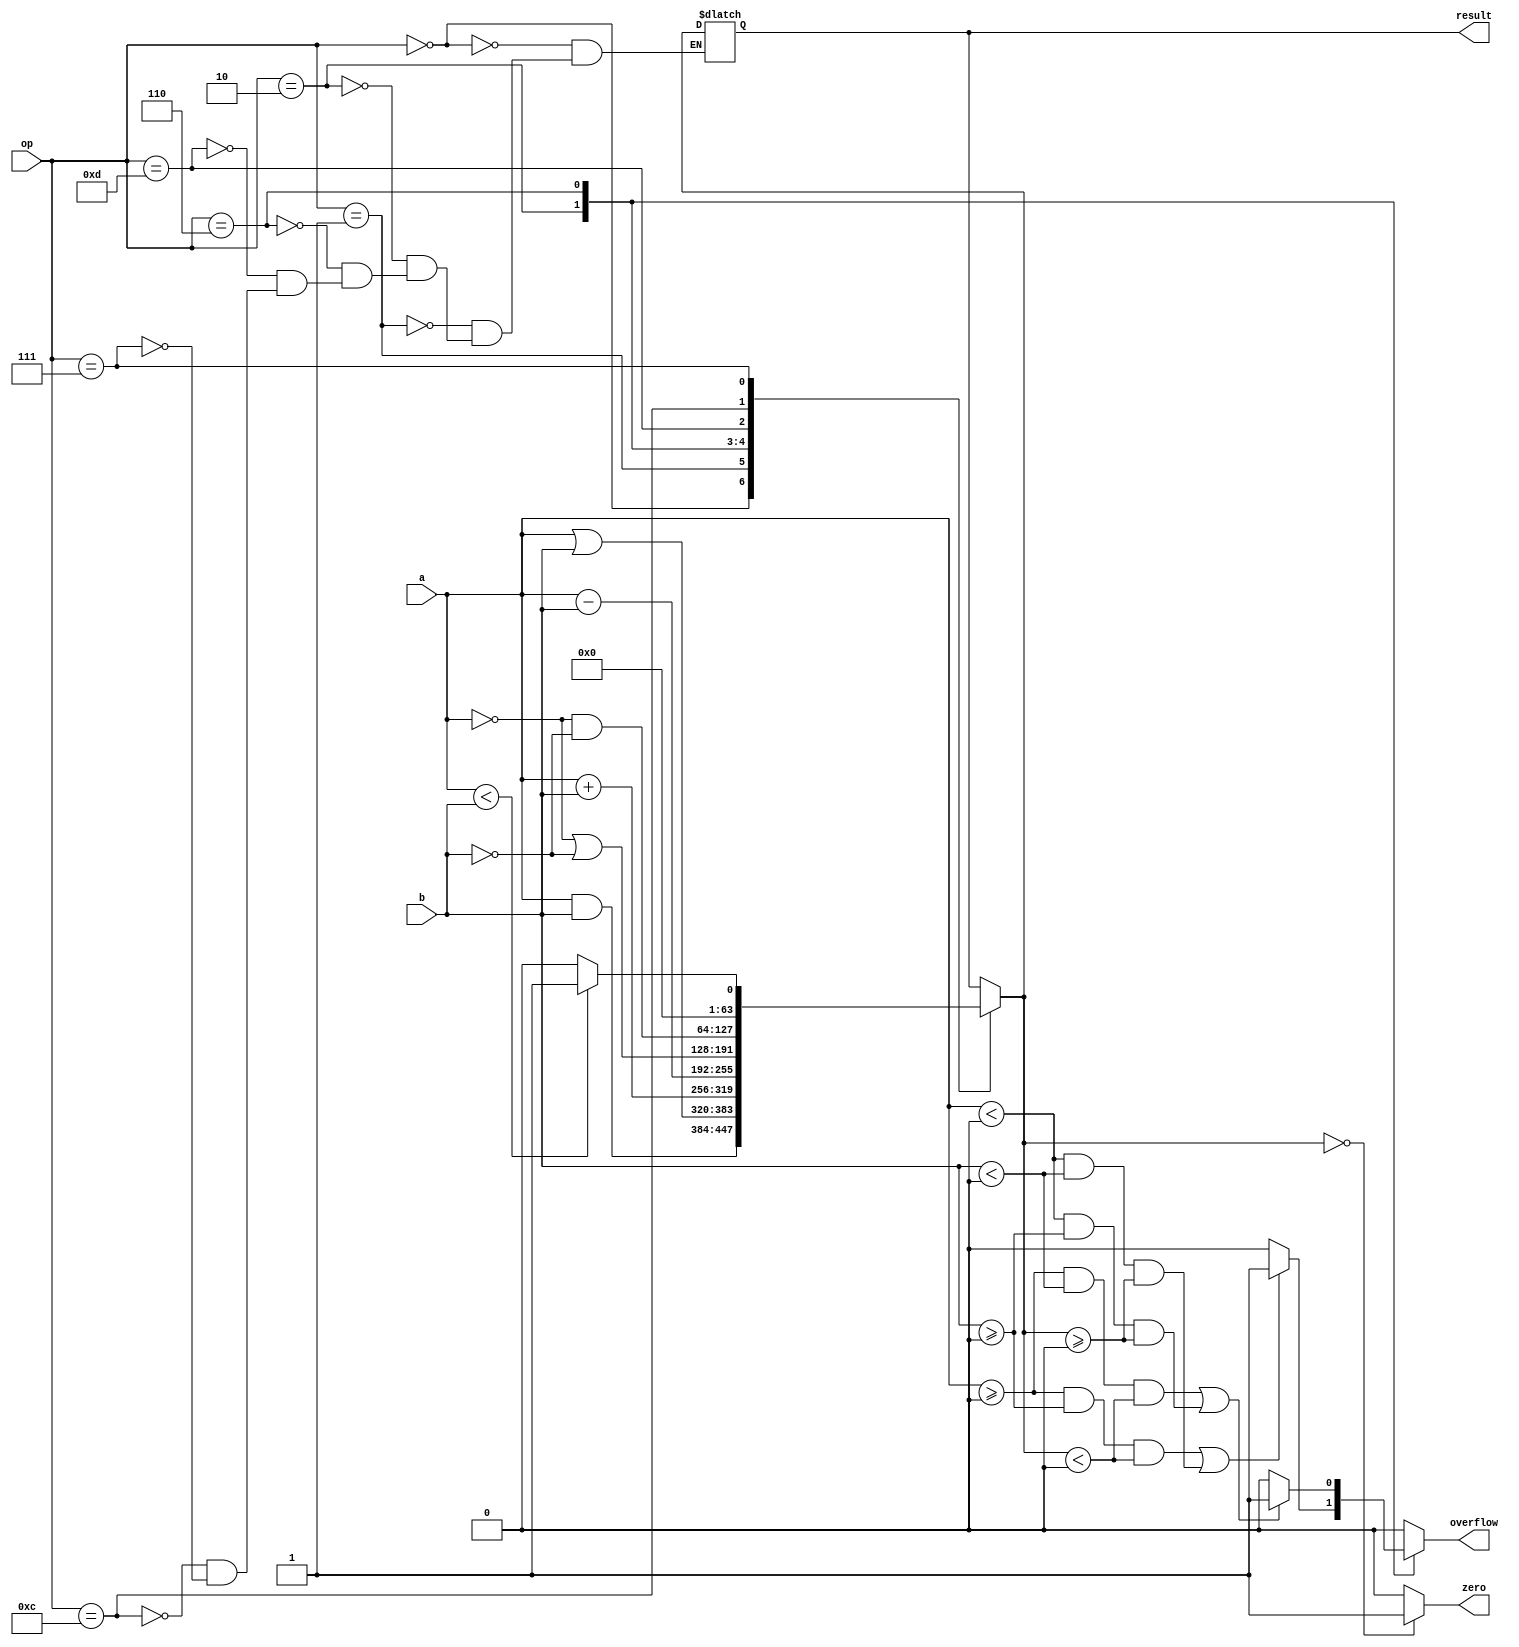
//64 bit ALU
// Extended version of 1-bit ALU to perform arithmetic operations on 64 bit numbers
// Name: Deepta Devkota 
//Roll_No: 191CS117 


module ALU_64_bit(result,zero,overflow,op,a, b);
     input [63:0] a, b;
     input [3:0] op;
     output reg [63:0] result;
     output reg zero,overflow;

     always@(a or b or op)
          begin
               case (op)
                    //0000 opcode corresponds to AND operation
                  0:  result = a&b; 
                    //0001 opcode corresponds to OR operation
                  1:  result=a|b;
                     //0010 opcode corresponds to ADD operation
                  2:  result = a+b;
                    //0110 opcode corresponds to SUB operation
                  6:  result = a-b;  
                     //1101 opcode corresponds to NAND operation
                  13: result=(~a)|(~b);
                     //1100 opcode corresponds to NOR operation
                  12: result=(~a)&(~b);
                    //0111 opcode corresponds to SLT operation
                  7:  result=a<b?1:0;
               endcase
               //zero flag is set when the result corresponds to zero
               zero=(result==0)?1:0;
               case (op)
                    //overflow occures during ADD and SUB operation
                    //when the both operands are positive but the result is negative or when the both operands are negative but the result is positive in ADD the overflow flag is set
                    2: overflow=((a>=0 && b>=0 && result<0)||(a<0 && b<0 && result>=0))?1:0;  
                    //when the first operand is positive the second operand is negative and the result is negative in SUB operation the overflow flag is set
                    //or when the first operand is negative the second operand is positive and the result is positive in SUB operation the overflow flag is set
                    6: overflow=((a>=0 && b<0 && result<0)||(a<0 && b>=0 && result>=0))?1:0;   
                    //default case  
                    default:overflow=0;
               endcase
          end
endmodule